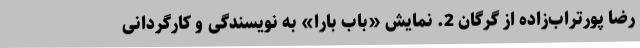
رضا پورتراب‌زاده از گرگان 2. نمایش «باب بارا» به نویسندگی و کارگردانی